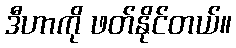
ဒီဟာကို ဖတ်နိုင်တယ်။